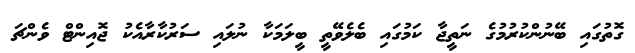
ގޮތުގައި ބޭނުންކުުރުމުގެ ނަތީޖާ ކަމުގައި ބެލެވޭތީ ބީލަމަކާ ނުލައި ސަރުކާރާއެކު ޖޮއިންޓް ވެންޗަ